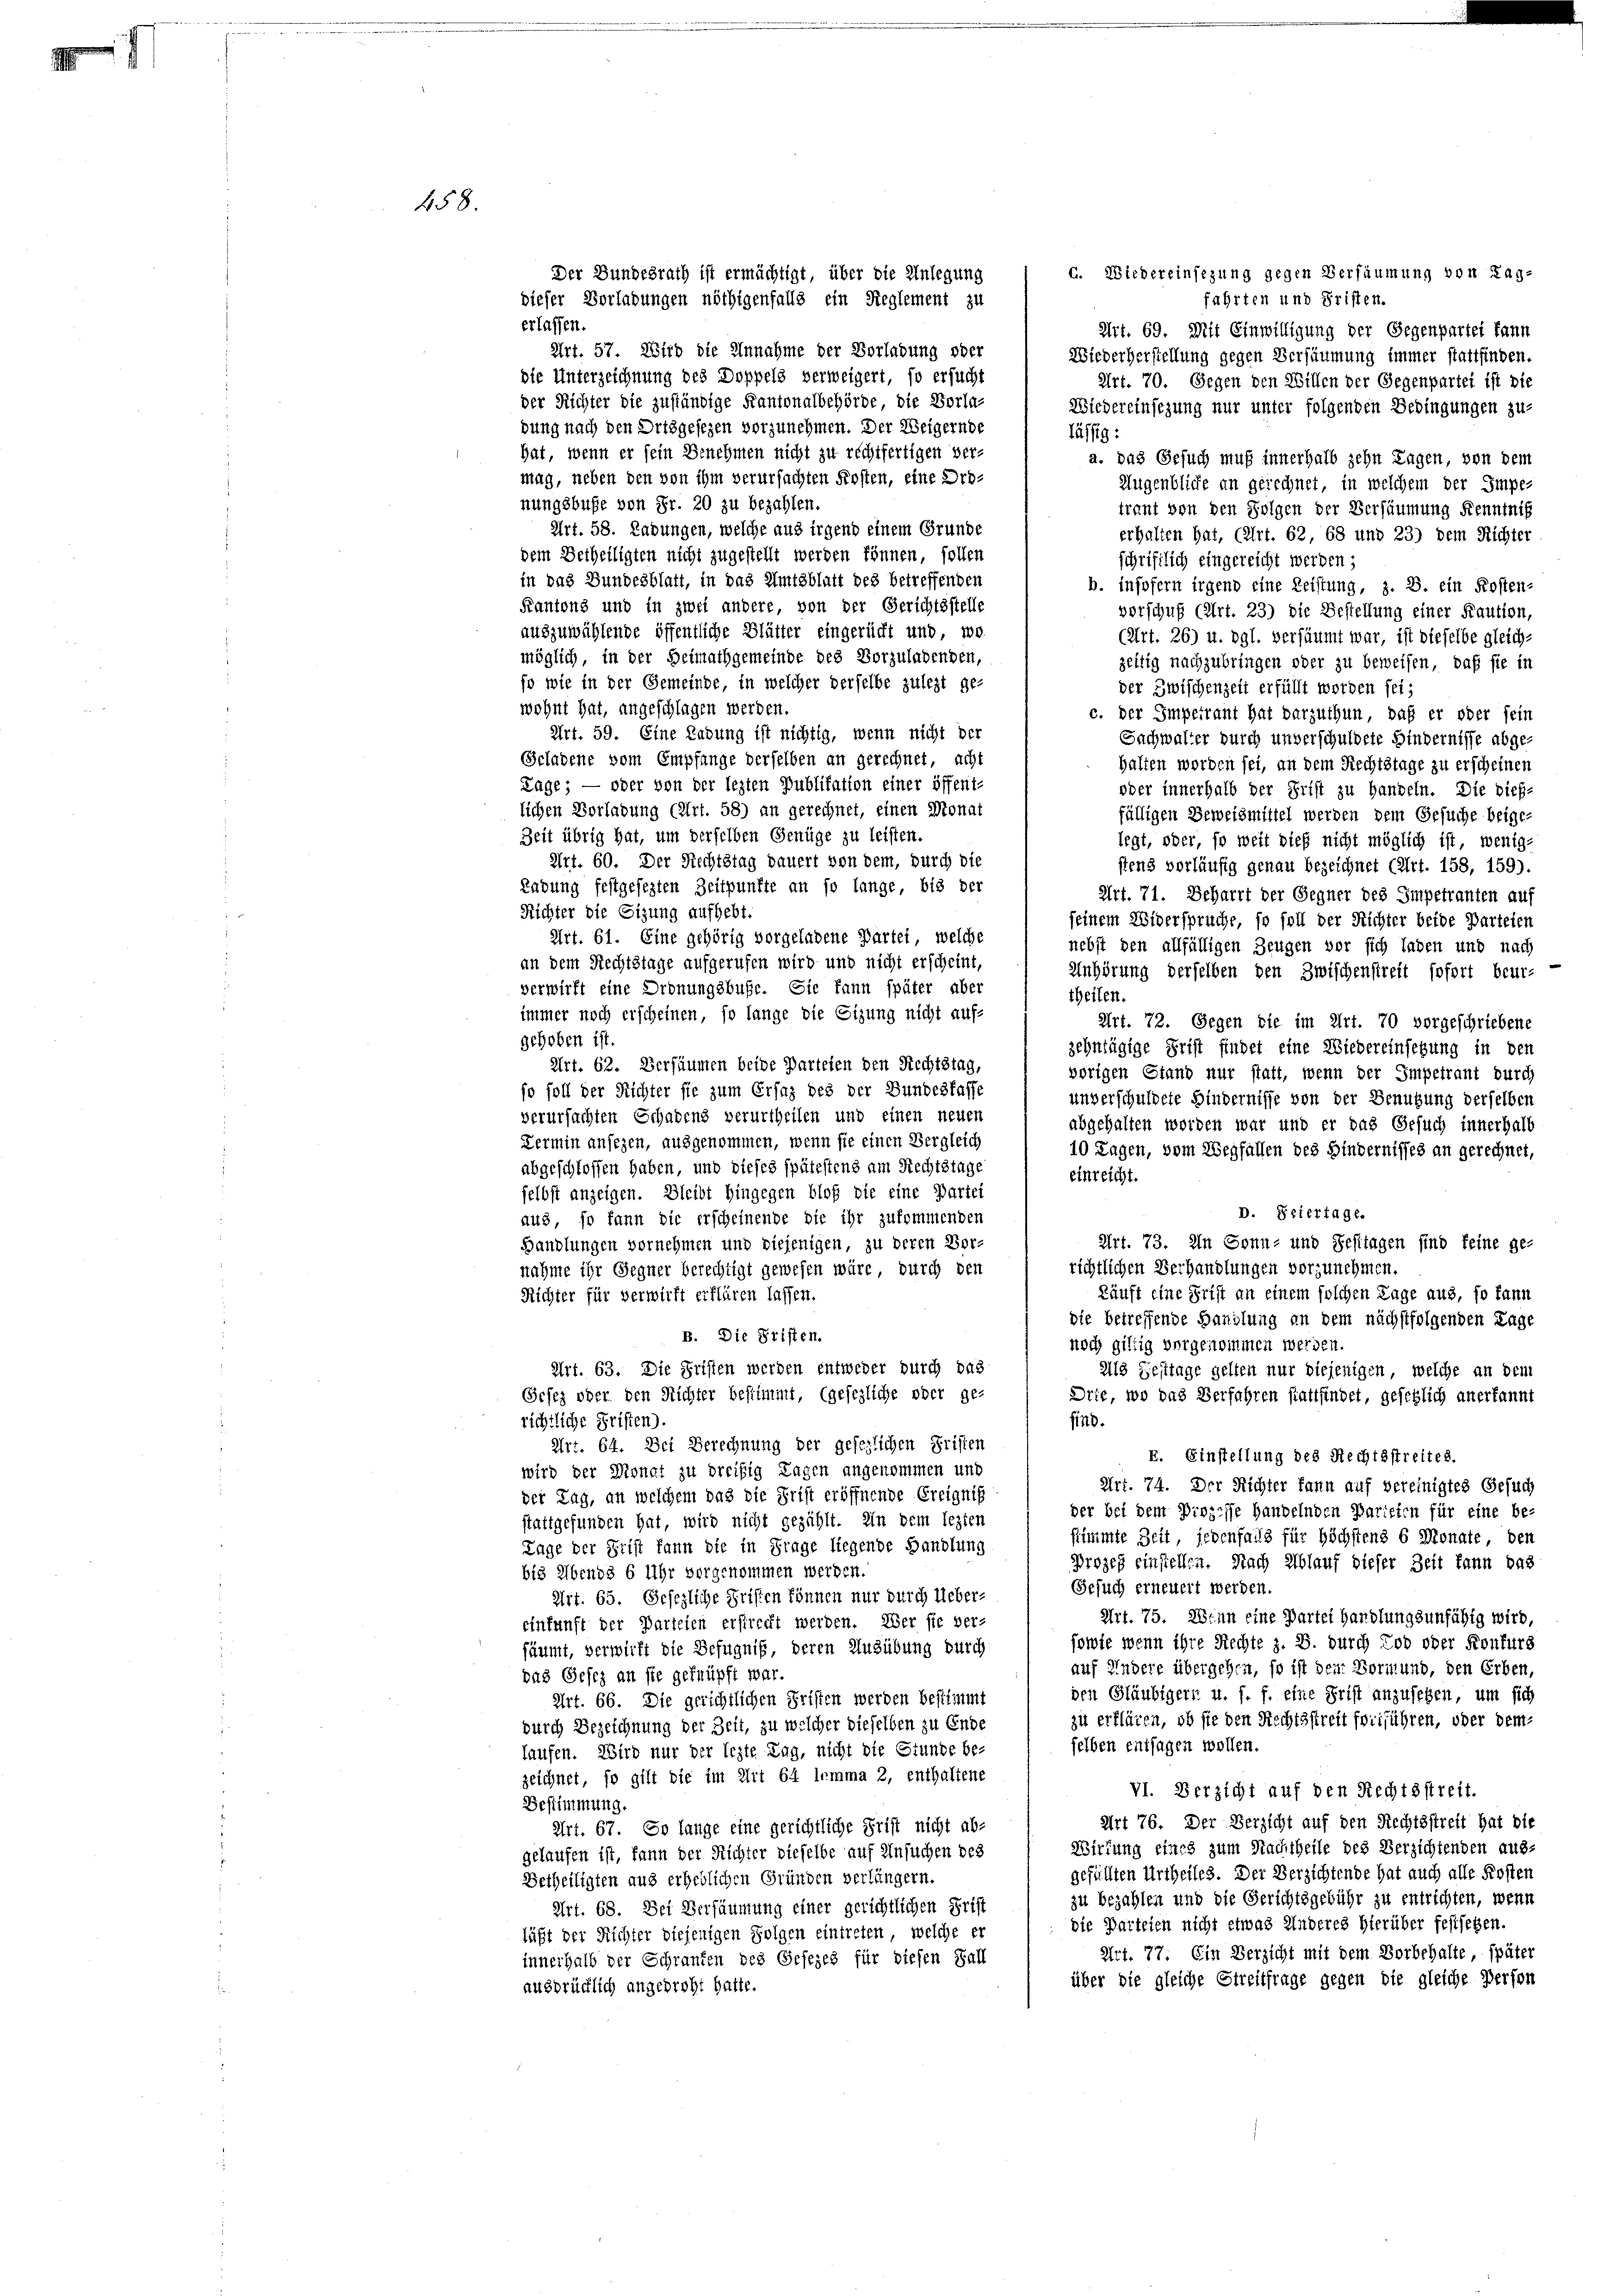
458

d. Wiedereinsezung gegen Versäumung von Tagfahrten und Fristen.
Art. 69. Mit Einwilligung der Gegenpartei kann
Art. 57. Wird die Annahme der Vorladung oder
Wiederherstellung gegen Versäumung immer stattfinden.
die Unterzeichnung des Doppels verweigert, so ersucht
Art. 70. Gegen den Willen der Gegenpartei ist die
der Richter die zuständige Kantonalbehörde die Vorla-
Wiedereinsezung nur unter folgenden Bedingungen zu-
bung nach den Drisgesezen vorzunehmen. Der Weigernde
lässig:
hat, wenn er sein Benehmen nicht zu rechtfertigen ver-
a. das Gesuch muß innerhalb zehn Tagen, von dem
mag, neben den von ihm verursachten Kosten, eine Dro¬
Augenblicke an gerechnet, in welchem der Impe-
nungsbuße von Fr. 20 zu bezahlen.
traut von den Folgen der Versäumung Kenntniß
Art. 58. Labungen, welche aus irgend einem Grunde
erhalten hat, (Art. 62, 68 und 23) dem Richter
dem Betheiligten nicht zugestellt werden können, sollen
schriftlich eingereicht werden;
in das Bundesblatt, in das Amtsblatt des betreffenden
b. insofern irgend eine Leistung, z. B. ein Kosten-
Kantons und in zwei andere von der Gerichtsstelle
vorschuß (Art. 23) die Bestellung einer Kaution,
auszuwählende öffentliche Blätter eingerücht und wo¬
(Art. 26) u. dgl. versäumt war, ist dieselbe gleich-
möglich, in der Heimathgemeinde des Vorzuladenden,
geftig nachzubringen oder zu beweisen, daß sie in
so wie in der Gemeinde, in welcher derselbe zulezt ge-
der Zwischenzeit erfüllt worden sei;
wohnt hat, angeschlagen werden.
c. der Impetraut hat darzuthun, daß er oder sein
Art. 59. Eine Ladung ist nichtig, wenn nicht der
Sachwalter durch unverschuldete Hindernisse abge-
Geladene vom Empfange derselben an gerechnet, acht
halten worden sei, an dem Rechtstage zu erscheinen
Tage; — oder von der lezten Publikation einer öffent-
oder innerhalb der Frist zu handeln. Die dießlichen Vorladung (Art. 58) an gerechnet, einen Monat
fälligen Beweismittel werden dem Gesuche beige-
Zeit übrig hat, um derselben Genüge zu leisten
legt, oder, so weit dieß nicht möglich ist, wenig-
Art. 60. Der Rechtstag dauert von dem, durch die
stens vorläufig genau bezeichnet (Art. 158, 159).
Labung festgesezten Zeitpunkte an so lange bis der
Art. 71. Beharrt der Gegner des Impetranten auf
Richter die Sitzung aufhebt.
seinem Widerspruche, so soll der Richter beide Parteien
Art. 61. Eine gehörig vorgeladene Partei, welche
nebst den allfälligen Zeugen vor sich laden und nach
an dem Rechtstage aufgerufen wird, und nicht erscheint,
Anhörung derselben den Zwischenstreit sofort beur-
verwirft eine Dronungsbuße. Sie kann später aber
theilen.
immer noch erscheinen, so lange die Eizung nicht auf-
Art. 72. Gegen die im Art. 70 vorgeschriebene
gehoben ist.
zehntägige Frist findet eine Wiedereinsetzung in den
Art. 62. Versäumen beide Parteien den Rechtstag,
vorigen Stand nur statt, wenn der Impetrant durch
so soll der Richter sie zum Ersaz des der Bundesfasse
unverschuldete Hindernisse von der Benutzung derselben
verursachten Schadens verurtheilen und einen neuen
abgehalten worden war und er das Gesuch innerhalb
Lermin ansezen, ausgenommen, wenn sie einen Vergleich
10 Tagen, vom Wegfällen des Hindernisses an gerechnet,
abgeschlossen haben, und dieses spätestens am Rechtstage
einreicht.
selbst anzeigen. Bleibt Hingegen bloß die eine Partei
D. Sziertage.
aus, so kann die erscheinende die ihr zukommenden
Art. 73. In Sonn- und Festtagen sind feine ge-
Handlungen vornehmen und diejenigen, zu deren Vorrichtlichen Verhandlungen vorzunehmen.
nahme ihr Gegner berechtigt gewesen wäre, durch den
kunft eine Frist an einem solchen Lage aus, so kann
Richter für verwirft erklären lassen.
die betreffende Handlung an dem nächstfolgenden Lage
B. Die Stiften.
noch giltig vorgenommen werden.
Art. 63. Die Fristen werden entweder durch das
2ls Gesttage gelten nur diejenigen, welche an dem
Gesez oder den Richter bestimmt, (gesezliche oder ge-
Drie, wo das Verfahren stattfindet, gesetzlich anerkannt
richtliche Fristen).
sind.
Art. 64. Der Berechnung der gesezlichen Fristen
E. Einstellung des Rechtsstreites.
wird der Monat zu dreifig Lagen angenommen und
Art. 74. Der Richter kann auf vereinigtes Gesuch
der Tag, an welchem das die Frist eröffnende Ereigniß
der bei dem Prozesse handelnden Paristen für eine be-
stattgefunden hat, wird nicht gezählt. In dem lezten
stimmte Zeit jedenfalls für höchstens 6 Monate den
Tage der Frist kann die in Frage liegende Handlung
Prozeß einstellen. Nach Ablauf dieser Zeit kann das
bis Abends 6 Uhr vorgenommen werden.
Gesuch erneuert werden.
Art. 65. Gesezliche Fristen können nur durch Ueber-
Art. 75. Wenn eine Partei Handlungsunfähig wird,
einkunft der Parteien erstrecht werden. Über sie ver-
sowie wenn ihre Rechte z. B. durch Tod oder Konfurs
säumt, verwirft die Befugniß, deren Ausübung durch
auf Andere übergehen, so ist den Vormund, den Erben,
das Gesez an sie geknüpft war.
den Gläubigern u. s. f. eine Frist anzusetzen, um sich
Art. 66. Die gerichtlichen Fristen werden bestimmt
zu erklären, ob sie den Rechtsstreit fortführen, oder dem
durch Bezeichnung der Zeit, zu welcher dieselben zu Ende
selben entsagen wollen.
haufen. Wird nur der lezte Tag, nicht die Stunde be-
zeichnet, so gilt die im Art 64 lemma 2, enthaltene
VI. Verzicht auf den Rechtsstreit.
Bestimmung.
Art 76. Der Verzicht auf den Rechtsstreit hat die
Art. 67. So lange eine gerichtliche Frist nicht ab-
Wirkung eines zum Nachtheile des Verzichtenden aus-
gelaufen ist, kann der Richter dieselbe auf Ansuchen des
gefällten Urtheiles. Der Verzichtende hat auch alle Kosten
Betheiligten aus erheblichen Gründen verlängern.
zu bezahlen und die Gerichtsgebühr zu entrichten, wenn
Art. 68. Der Versäumung einer gerichtlichen Frist
die Parteien nicht etwas Anderes hierüber festsehen.
läßt der Richter diejenigen Folgen eintreten, welche er
Art. 77. Ein Verzicht mit dem Vorbehalte, später
innerhalb der Schranken des Gesezes für diesen Fall
über die gleiche Streitfrage gegen die gleiche Person
ausbrücklich angedroht hatte.

erlassen.

Der Bundesrath ist ermächtigt, über die Anlegung
dieser Vorladungen nöthigenfalls ein Reglement zu